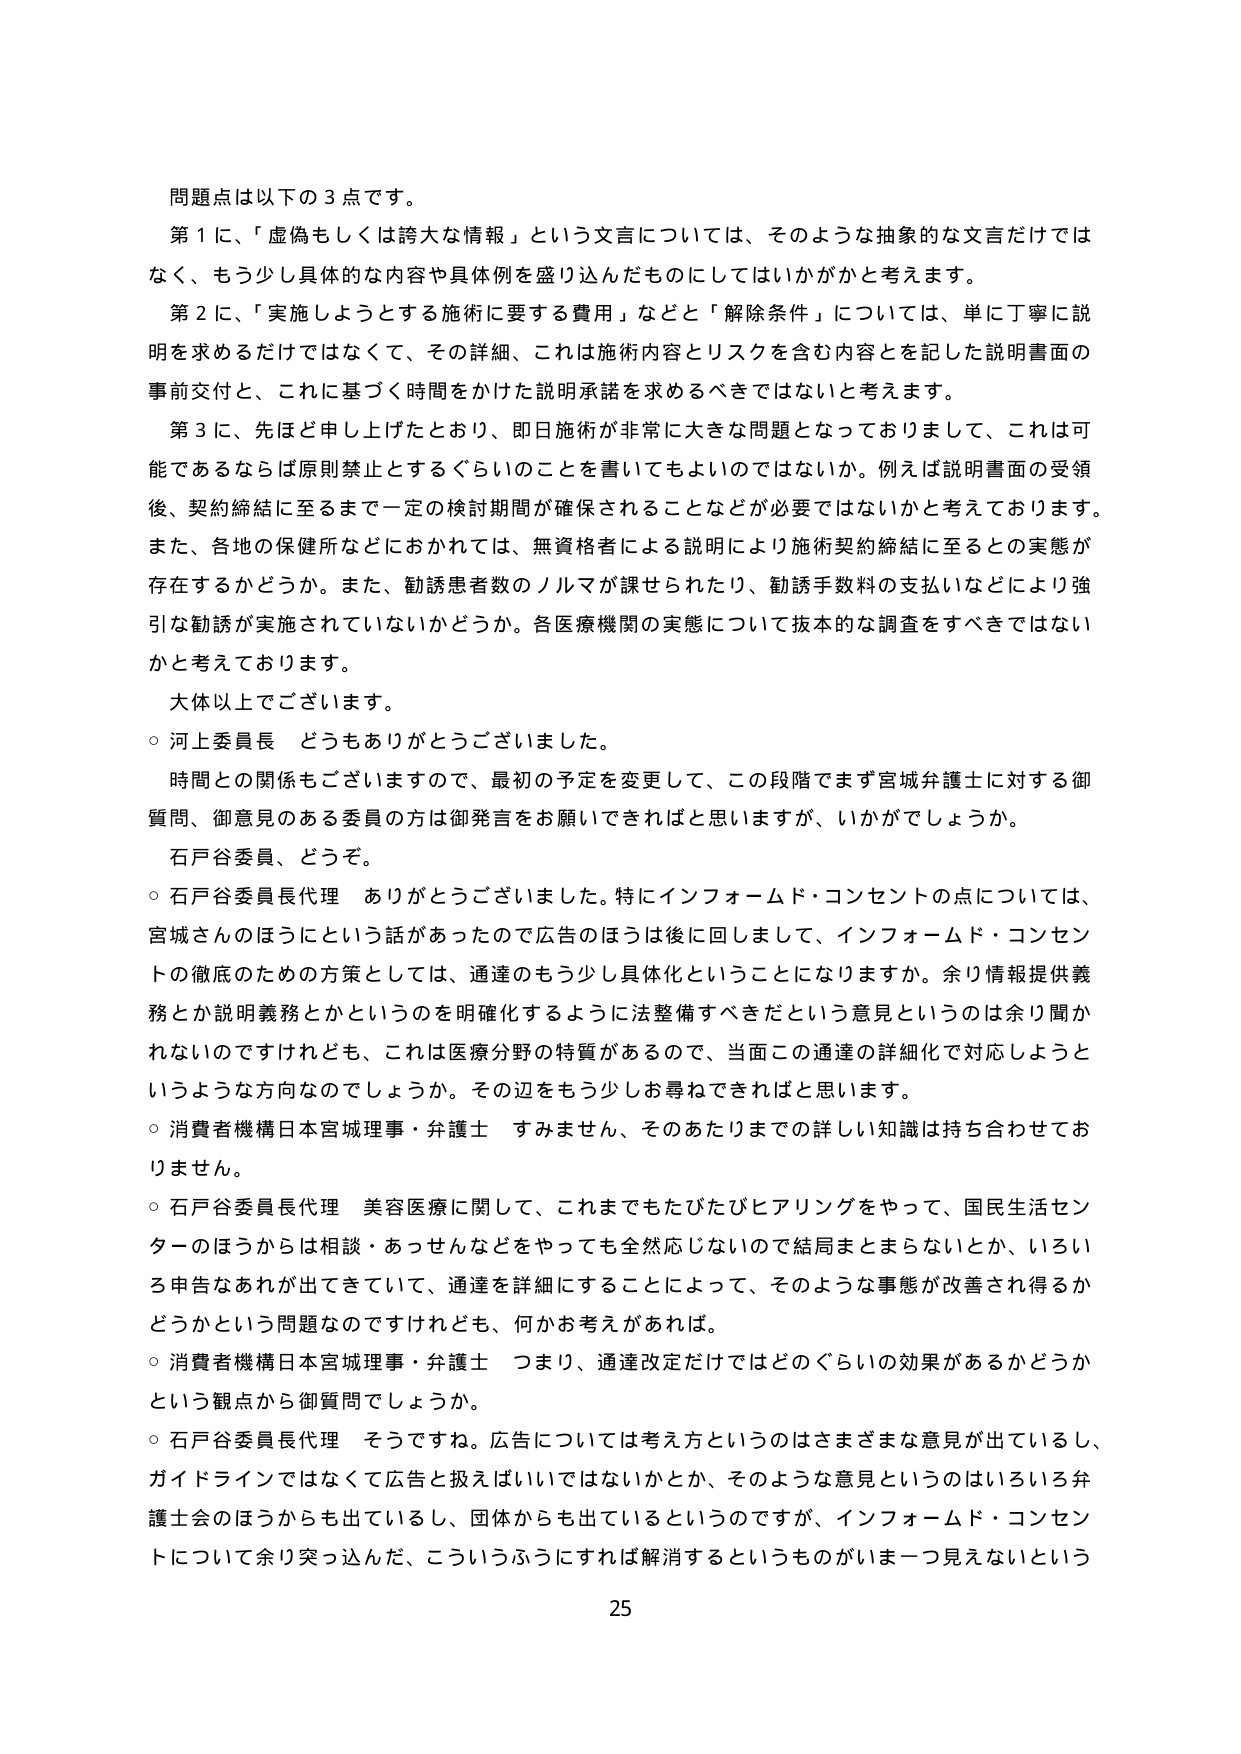
問題点は以下の３点です。
第１に、「虚偽もしくは誇大な情報」という文言については、そのような抽象的な文言だけではなく、もう少し具体的な内容や具体例を盛り込んだものにしてはいかがかと考えます。
第２に、「実施しようとする施術に要する費用」などと「解除条件」については、単に丁寧に説明を求めるだけではなくて、その詳細、これは施術内容とリスクを含む内容とを記した説明書面の事前交付と、これに基づく時間をかけた説明承諾を求めるべきではないかと考えます。
第３に、先ほど申し上げたとおり、即日施術が非常に大きな問題となっておりまして、これは可能であるならば原則禁止とするぐらいのことを書いてもよいのではないか。例えば説明書面の受領後、契約締結に至るまで一定の検討期間が確保されることなどが必要ではないかと考えております。また、各地の保健所などにおかれては、無資格者による説明により施術契約締結に至るとの実態が存在するかどうか。また、勧誘患者数のノルマが課せられたり、勧誘手数料の支払いなどにより強引な勧誘が実施されていないかどうか。各医療機関の実態について抜本的な調査をすべきではないかと考えております。
大体以上でございます。
○ 河上委員長 どうもありがとうございました。
時間との関係もございますので、最初の予定を変更して、この段階でまず宮城弁護士に対する御質問、御意見のある委員の方は御発言をお願いできればと思いますが、いかがでしょうか。
石戸谷委員、どうぞ。
○ 石戸谷委員長代理 ありがとうございました。特にインフォームド・コンセントの点については、宮城さんのほうにという話があったので広告のほうは後に回しまして、インフォームド・コンセントの徹底のための方策としては、通達のもう少し具体化ということになりますか。余り情報提供義務とか説明義務とかというのを明確化するように法整備すべきだという意見というのは余り聞かれないのですけれども、これは医療分野の特質があるので、当面この通達の詳細化で対応しようというような方向なのでしょうか。その辺をもう少しお尋ねできればと思います。
○ 消費者機構日本宮城理事・弁護士 すみません、そのあたりまでの詳しい知識は持ち合わせておりません。
○ 石戸谷委員長代理 美容医療に関して、これまでもたびたびヒアリングをやって、国民生活センターのほうからは相談・あっせんなどをやっても全然応じないので結局まとまらないとか、いろいろ申告なれが出てきていて、通達を詳細にすることによって、そのような事態が改善され得かどうかという問題なのですけれども、何かお考えがあれば。
○ 消費者機構日本宮城理事・弁護士 つまり、通達改定だけではどのぐらいの効果があるかどうかという観点から御質問でしょうか。
○ 石戸谷委員長代理 そうですな。広告については考え方というのはさまざまな意見が出ているし、ガイドラインではなくて広告と扱えばいいではないかとか、そのような意見というのはいろいろ弁護士会のほうからも出ているし、団体からも出ているというのですが、インフォームド・コンセントについて余り突っ込んだ、こういうふうにすれば解消するというもののがいま一つ見えないという
25